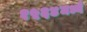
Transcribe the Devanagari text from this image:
१५६४मध्ये